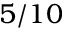
5 / 1 0